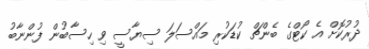
ދުރުކޮށް އެ ކޯޓްގެ ބެންޗް ކުޑަކުރި މައްސަލަ ސިޔާސީ ވި ހިސާބުން ފުންނާބު